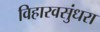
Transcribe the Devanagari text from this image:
विहारवसुंधरा